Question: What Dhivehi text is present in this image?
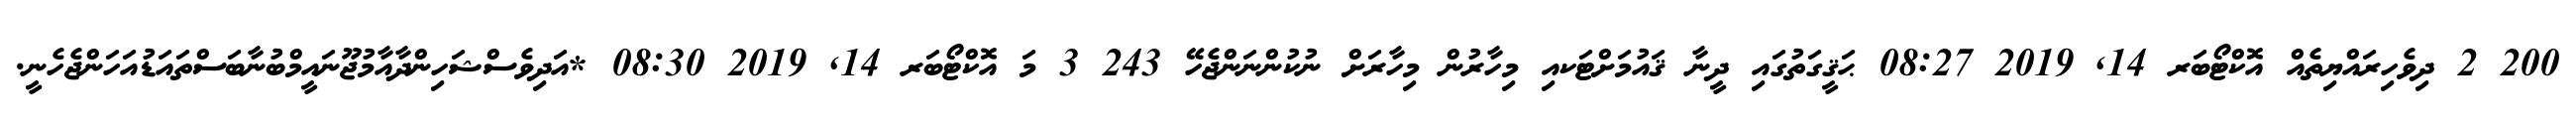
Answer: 200 2 ދިވެހިރައްޔިތެއް އޮކްޓޯބަރ 14, 2019 08:27 ޙަޤީގަތުގައި ދީނާ ޤައުމަށްޓަކއި މިހާރުން މިހާރަށް ނުކުންނަންޖެހޭ 243 3 މަ އޮކްޓޯބަރ 14, 2019 08:30 *އަދިވެސްޝަހިންދާއާމުޖޫނައީމްބުނާބަސްތައަޑުއަހަންޖެހެނީ.